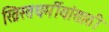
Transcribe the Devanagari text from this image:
ख्रिस्तधर्मीयांसाठी